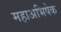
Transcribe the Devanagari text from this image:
महाअभिषेक